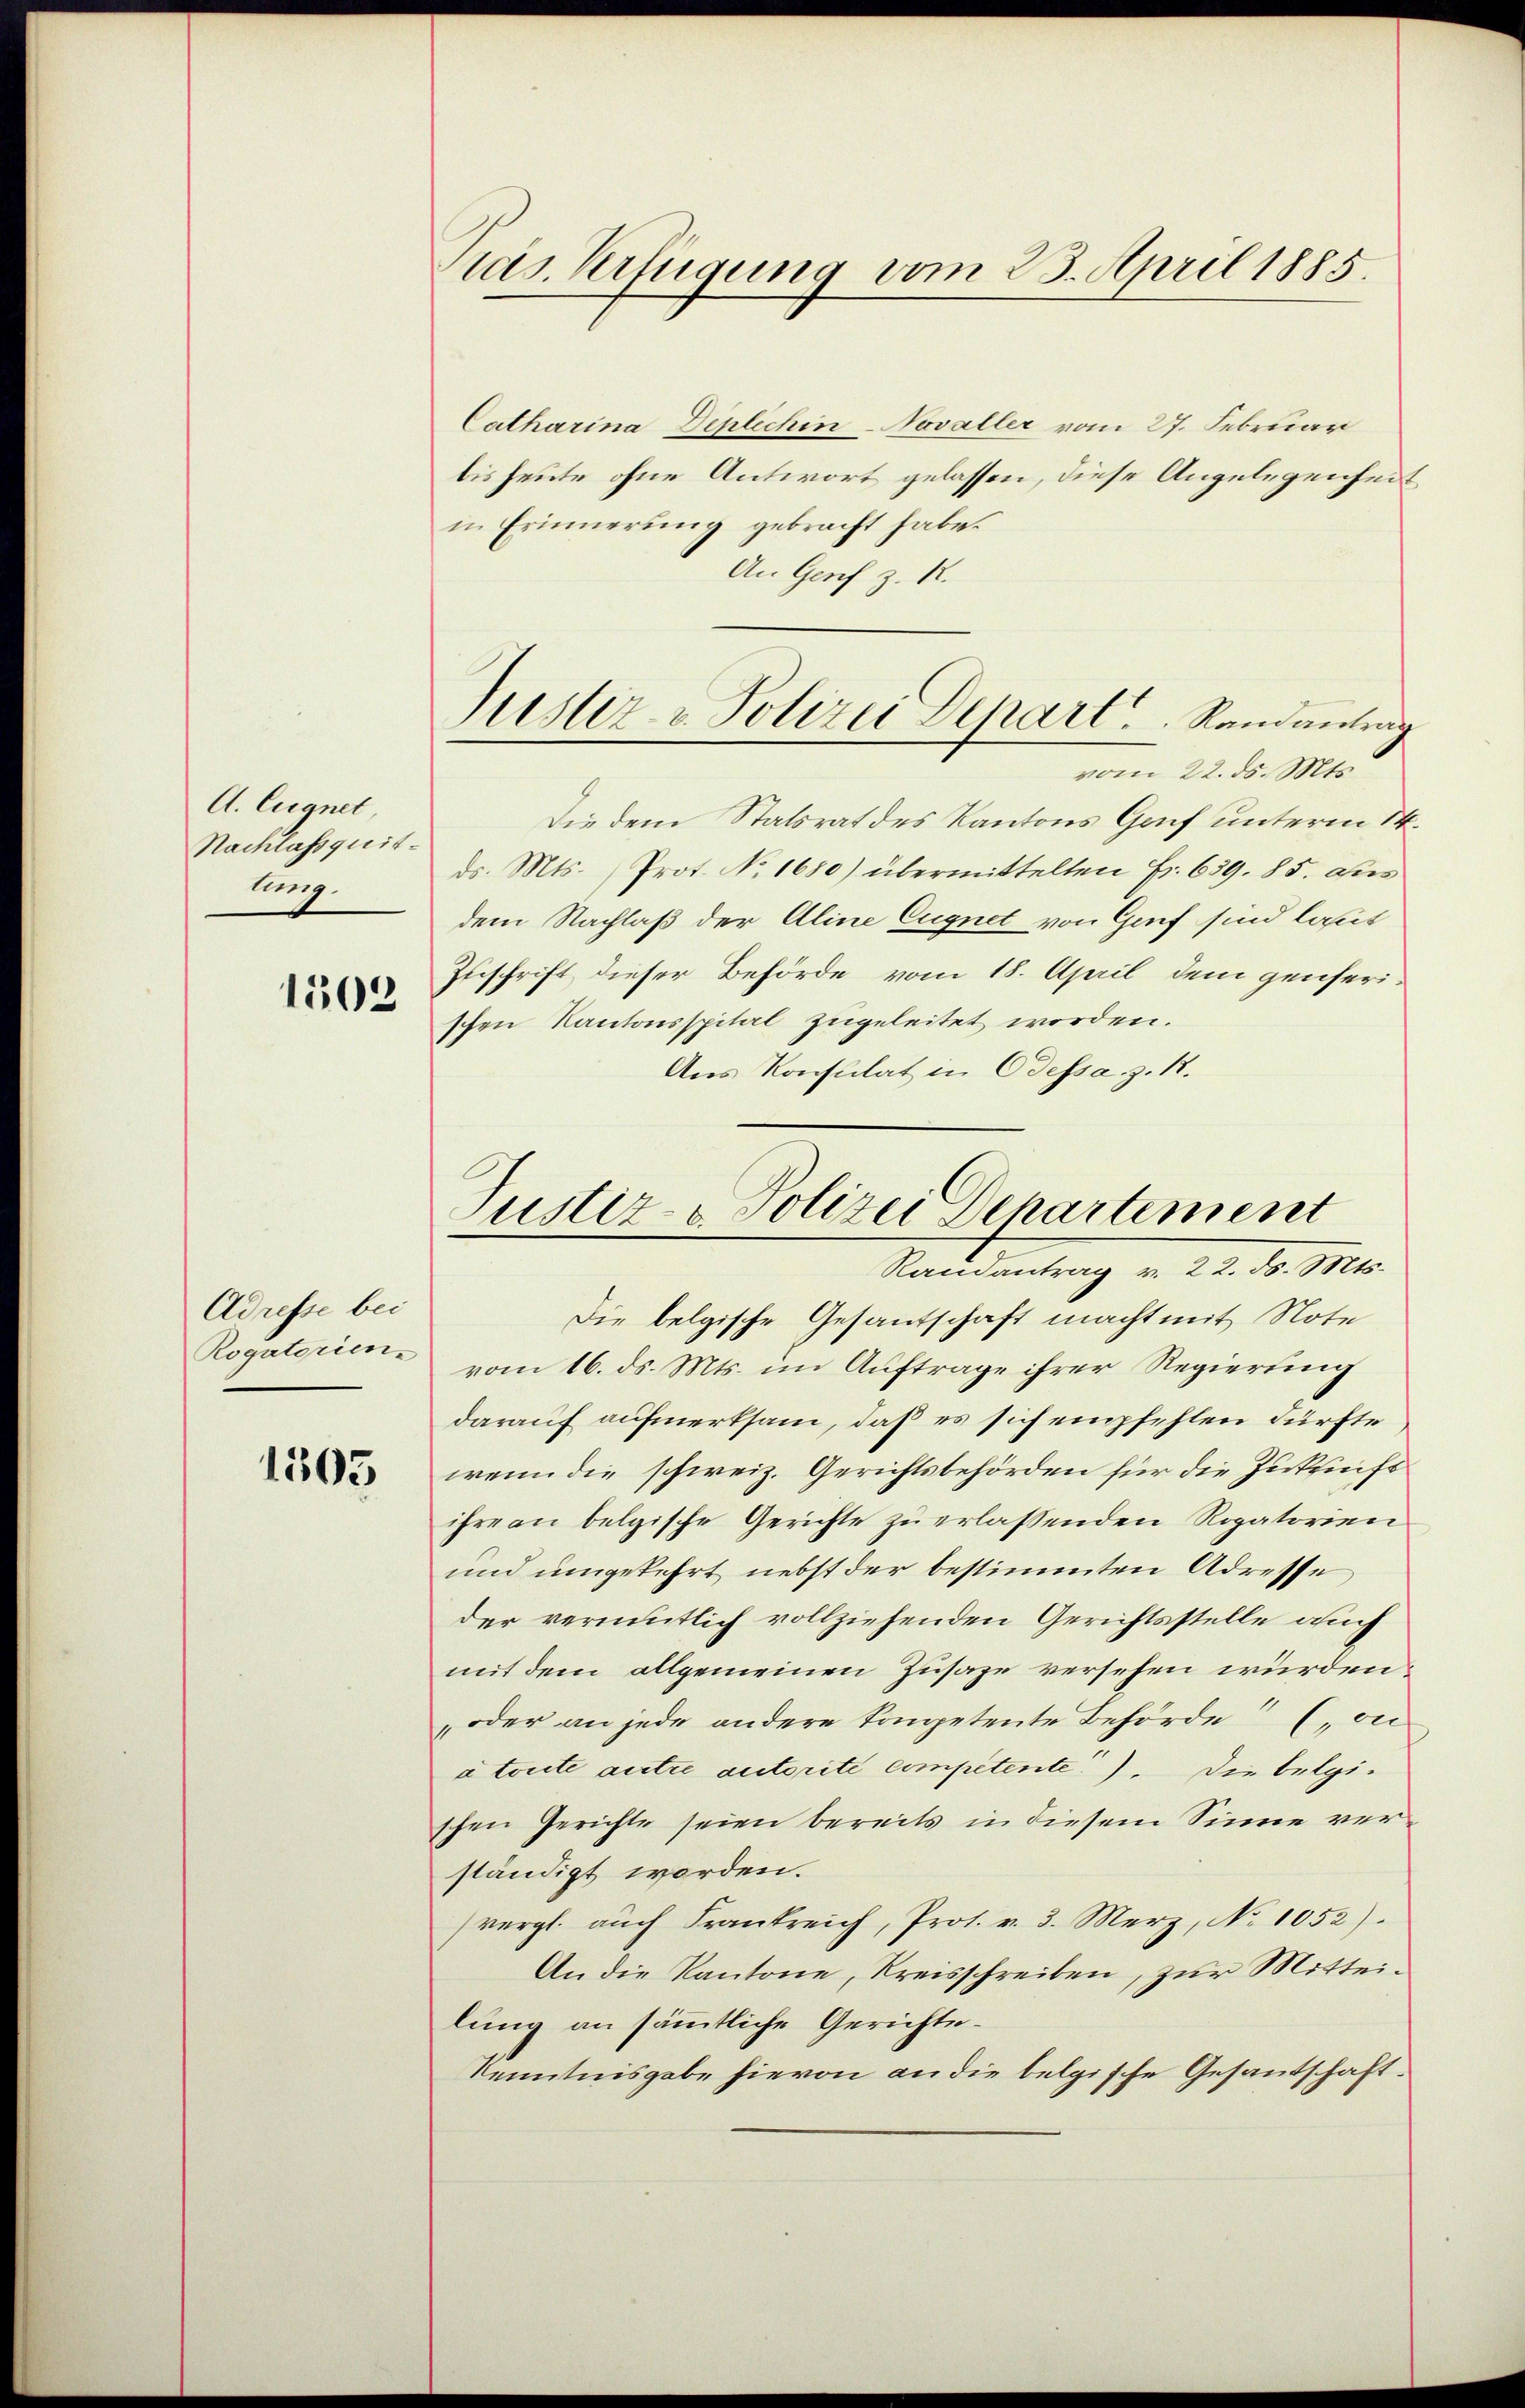
A. Eugnet,
Nachlassquitlug.

1503

Adresse bei

1505

ras. Verfügung vom 23. April 1885.

Catharina Deplichen-Novaller vom 27. Februar
bis heute ohne Antwort gelassen, diese Angelegenheit
in Erinnerung gebracht habe.
An Genf z. R.
vom 22. ds. Mts.
Die dem Statsrat des Kantons Gruf unterm 14.
ds. Mts. Prot. No. 1680) übermittelten Fr. 639. 85. aus
dem Nachlaß der Aline Eugnet von Genf sind laut
Zuschrift dieser Behörde vom 18. April dem genserischen Kantonsspital zugeleitet worden.
Aus Konsulat in Odessa z. R.

Justiz - Polizei Depart.   Randantrag

Justiz- & Polizei Departement
Randantrag v. 22. ds. Mts.

Die belgische Gesantschaft macht mit Note
Rogatorien vom 16. ds. Mts. im Auftrage ihrer Regierung
darauf aufmerksam, daß es sich empfehlen dürfte
wenn die schweiz. Gerichtsbehörden für die Zukunft
ihre an belgische Gerichte zu erlassenden Rogatorien
und umgekehrt nebst der bestimmten Adresse
der vermutlich vollziehenden Gerichtsstelle auch
mit dem allgemeinen Zusage versehen würden,
oder an jede andere kompetente Behörde (vie
a toute autre autorité competente). Die belgischen Gerichte seien bereits in diesem Sinne verständigt worden.
(vergl. auch Frankreich, Prot. v. 3. Merz, No 1052).
An die Kantone, Kreisschreiben, zur Mittei-
lung an sämmtliche Gerichte¬
Kenntnisgabe hievon an die belgische Gesantschaft.